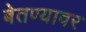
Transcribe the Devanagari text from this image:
बेतण्यावर